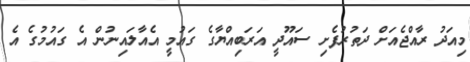
މިއަދު ރާއްޖެއަށް ދަތުރުފެށި ސައޫދީ އަރަބިއްޔާގެ ގައުމީ އެއާލައިނުން އެ ގައުމުގެ އެ